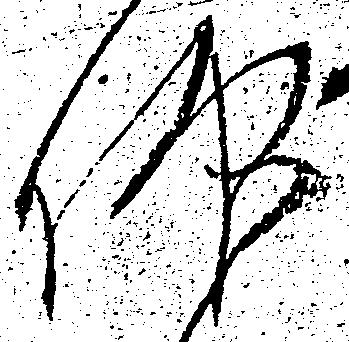
仰